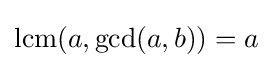
\operatorname {lcm} (a,\gcd(a,b))=a